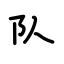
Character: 队